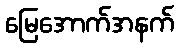
မြေအောက်အနက်